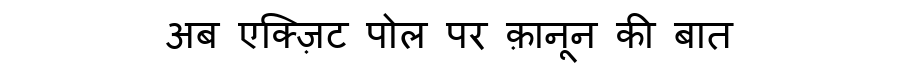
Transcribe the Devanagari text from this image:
अब एक्ज़िट पोल पर क़ानून की बात